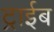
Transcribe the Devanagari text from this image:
ट्राईब